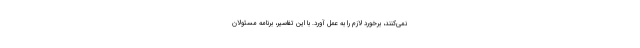
نمی‌کنند، برخورد لازم را به عمل آورد. با این تفاسیر، برنامه مسئولان